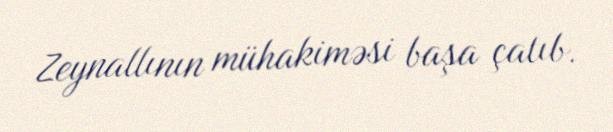
Zeynallının mühakiməsi başa çatıb.